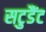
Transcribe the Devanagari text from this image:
सटुडैंट